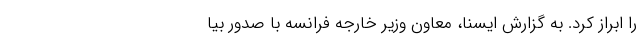
را ابراز کرد. به گزارش ایسنا، معاون وزیر خارجه فرانسه با صدور بیا